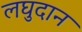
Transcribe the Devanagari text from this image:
लघुदान